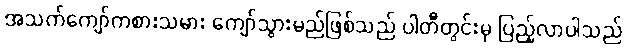
အသက်ကျော်ကစားသမား ကျော်သွားမည်ဖြစ်သည် ပါတီတွင်းမှ ပြည့်လာပါသည်